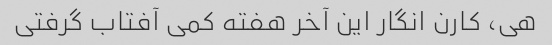
هی، کارن انگار این آخر هفته کمی آفتاب گرفتی